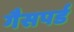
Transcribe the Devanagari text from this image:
गैसपर्ड